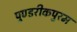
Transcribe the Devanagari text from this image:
पुण्डरीकपुरम